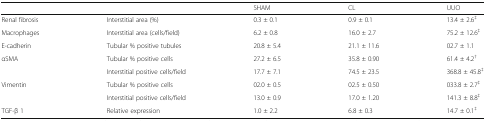
| <COLSPAN=2>  | SHAM | CL | UUO |
 | --- | --- | --- | --- | --- |
 | Renal fibrosis | Interstitial area (%) | 0.3 ± 0.1 | 0.9 ± 0.1 | 13.4 ± 2.6‡ |
 | Macrophages | Interstitial area (cells/field) | 6.2 ± 0.8 | 16.0 ± 2.7 | 75.2 ± 12.6‡ |
 | E-cadherin | Tubular % positive tubules | 20.8 ± 5.4 | 21.1 ± 11.6 | 02.7 ± 1.1 |
 | <ROWSPAN=2> αSMA | Tubular % positive cells | 27.2 ± 6.5 | 35.8 ± 0.90 | 61.4 ± 4.2† |
 | Interstitial positive cells/field | 17.7 ± 7.1 | 74.5 ± 23.5 | 368.8 ± 45.8‡ |
 | <ROWSPAN=2> Vimentin | Tubular % positive cells | 02.0 ± 0.5 | 02.5 ± 0.50 | 033.8 ± 2.7‡ |
 | Interstitial positive cells/field | 13.0 ± 0.9 | 17.0 ± 1.20 | 141.3 ± 8.8‡ |
 | TGF-β 1 | Relative expression | 1.0 ± 2.2 | 6.8 ± 0.3 | 14.7 ± 0.1‡ |